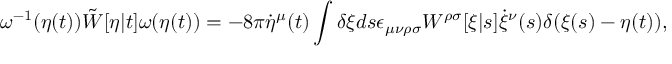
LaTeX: \omega ^ { - 1 } ( \eta ( t ) ) \tilde { W } [ \eta | t ] \omega ( \eta ( t ) ) = - 8 \pi \dot { \eta } ^ { \mu } ( t ) \int \delta \xi d s \epsilon _ { \mu \nu \rho \sigma } W ^ { \rho \sigma } [ \xi | s ] \dot { \xi } ^ { \nu } ( s ) \delta ( \xi ( s ) - \eta ( t ) ) ,